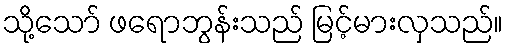
သို့သော် ဖရောဘွန်းသည် မြင့်မားလှသည်။